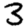
Digit: 3